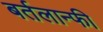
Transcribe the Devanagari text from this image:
बर्तलान्फी